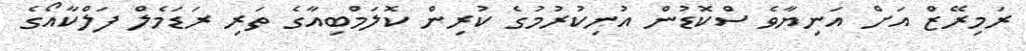
ރަމިރޭޒް އަށް އަނިޔާވެ ސްކޮޑުން އުނިކުރުމުގެ ކުރިން ކޮލަމްބިއާގެ ތަރި ރަޑަމެލް ފަލްކާއޯގެ